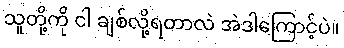
သူတို့ကို ငါ ချစ်လို့ရတာလဲ အဲဒါကြောင့်ပဲ။